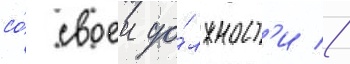
со́ своеи до́лжност'и //